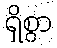
ရှိစွာ